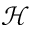
\mathcal { H }